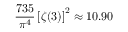
\displaystyle \frac { 7 3 5 } { \pi ^ { 4 } } \left[ \zeta ( 3 ) \right] ^ { 2 } \approx 1 0 . 9 0